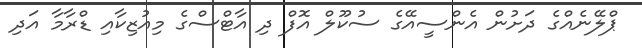
ޕްލޭނެއްގެ ދަށުން އެންސީއޭގެ ސުކޫލް އޮފް ދި އާޓްސްގެ މިއުޒިކާއި ޑްރާމާ އަދި